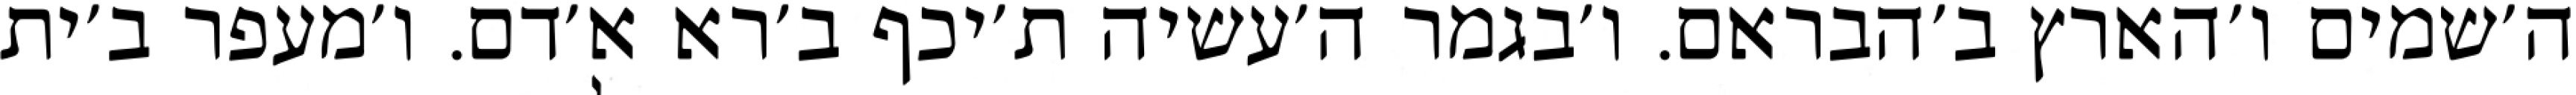
ה׳שמים ו׳הארץ ב׳הבראם. ו׳בגמר ה׳עשיה ת׳יכף ב׳רא א׳דם. ו׳מעפר ב׳ית